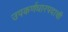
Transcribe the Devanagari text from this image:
उपकर्णधारपदाची